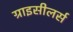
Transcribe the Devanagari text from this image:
ग्राइसीलर्स